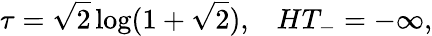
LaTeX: \tau=\sqrt{2}\log(1+\sqrt{2}),\; \; \; HT_{-}=-\infty,